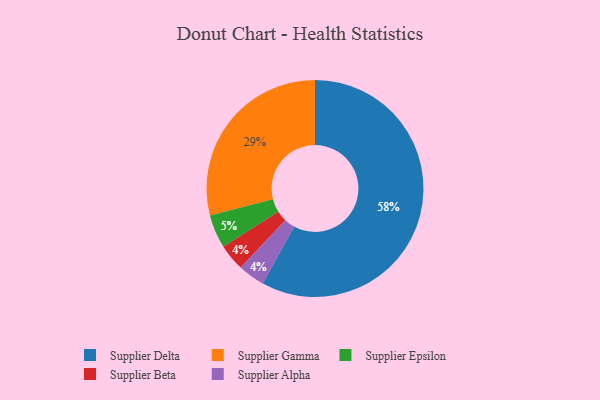
{"axis": {"x": "Category", "y": "Percentage"}, "legend": ["Supplier Alpha", "Supplier Beta", "Supplier Delta", "Supplier Epsilon", "Supplier Gamma"], "data": [{"x": "Supplier Beta", "y": 4, "type": "Supplier Beta"}, {"x": "Supplier Delta", "y": 58, "type": "Supplier Delta"}, {"x": "Supplier Gamma", "y": 29, "type": "Supplier Gamma"}, {"x": "Supplier Epsilon", "y": 5, "type": "Supplier Epsilon"}, {"x": "Supplier Alpha", "y": 4, "type": "Supplier Alpha"}]}